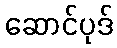
ဆောင်ပုဒ်